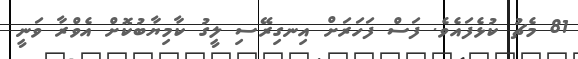
81 މެޗު ކުޅެފައެވެ. ފަސް ފަހަރަށް އިނގިރޭސި ލީގު ކާމިޔާބުކޮށް އެވްރާ ވަނީ